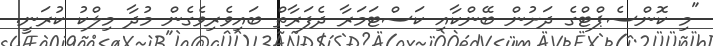
"މި ކޮންސެޕްޓްގެ ދަށުން ބޭންކާއި ކަސްޓަމަރާ ދެފަރާތް ބައިވެރިވެގެން މުދާ މިލްކު ކުރަނީ.